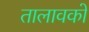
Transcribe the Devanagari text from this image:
तालावको